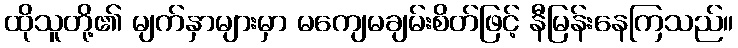
ထိုသူတို့၏ မျက်နှာများမှာ မကျေမချမ်းစိတ်ဖြင့် နီမြန်းနေကြသည်။